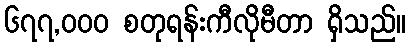
၆၇၇,၀၀၀ စတုရန်းကီလိုမီတာ ရှိသည်။